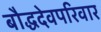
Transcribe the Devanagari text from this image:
बौद्धदेवपरिवार